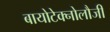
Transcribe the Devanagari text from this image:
बायोटेक्नोलौजी